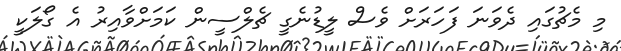
މި މެޗުގައި ދެވަނަ ފަހަރަށް ވެސް ލީޑުނެގީ ޗެލްސީން ކަމަށްވާއިރު އެ ގޯލަކީ